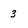
Character: 3